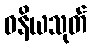
ဓနိယသုတ်